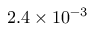
2 . 4 \times 1 0 ^ { - 3 }